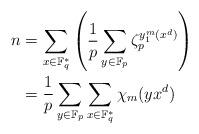
LaTeX: \begin{align*}n &=\sum_{x \in \mathbb{F}_q^*} \left( \frac{1}{p}\sum_{y \in \mathbb{F}_p} \zeta_p^{y^m_1(x^d)} \right) \\&=\frac{1}{p} \sum_{y \in \mathbb{F}_p} \sum_{x \in \mathbb{F}_q^*} \chi_m(yx^d)\end{align*}